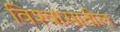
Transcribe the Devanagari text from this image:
विश्‍वासातील